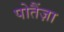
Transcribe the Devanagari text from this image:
पोतैंज़ा